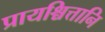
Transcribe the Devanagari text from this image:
प्रायश्चित्तानि